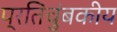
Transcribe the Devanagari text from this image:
प्रतिचुंबकीय